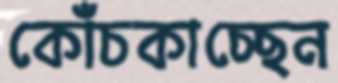
কোঁচকাচ্ছেন